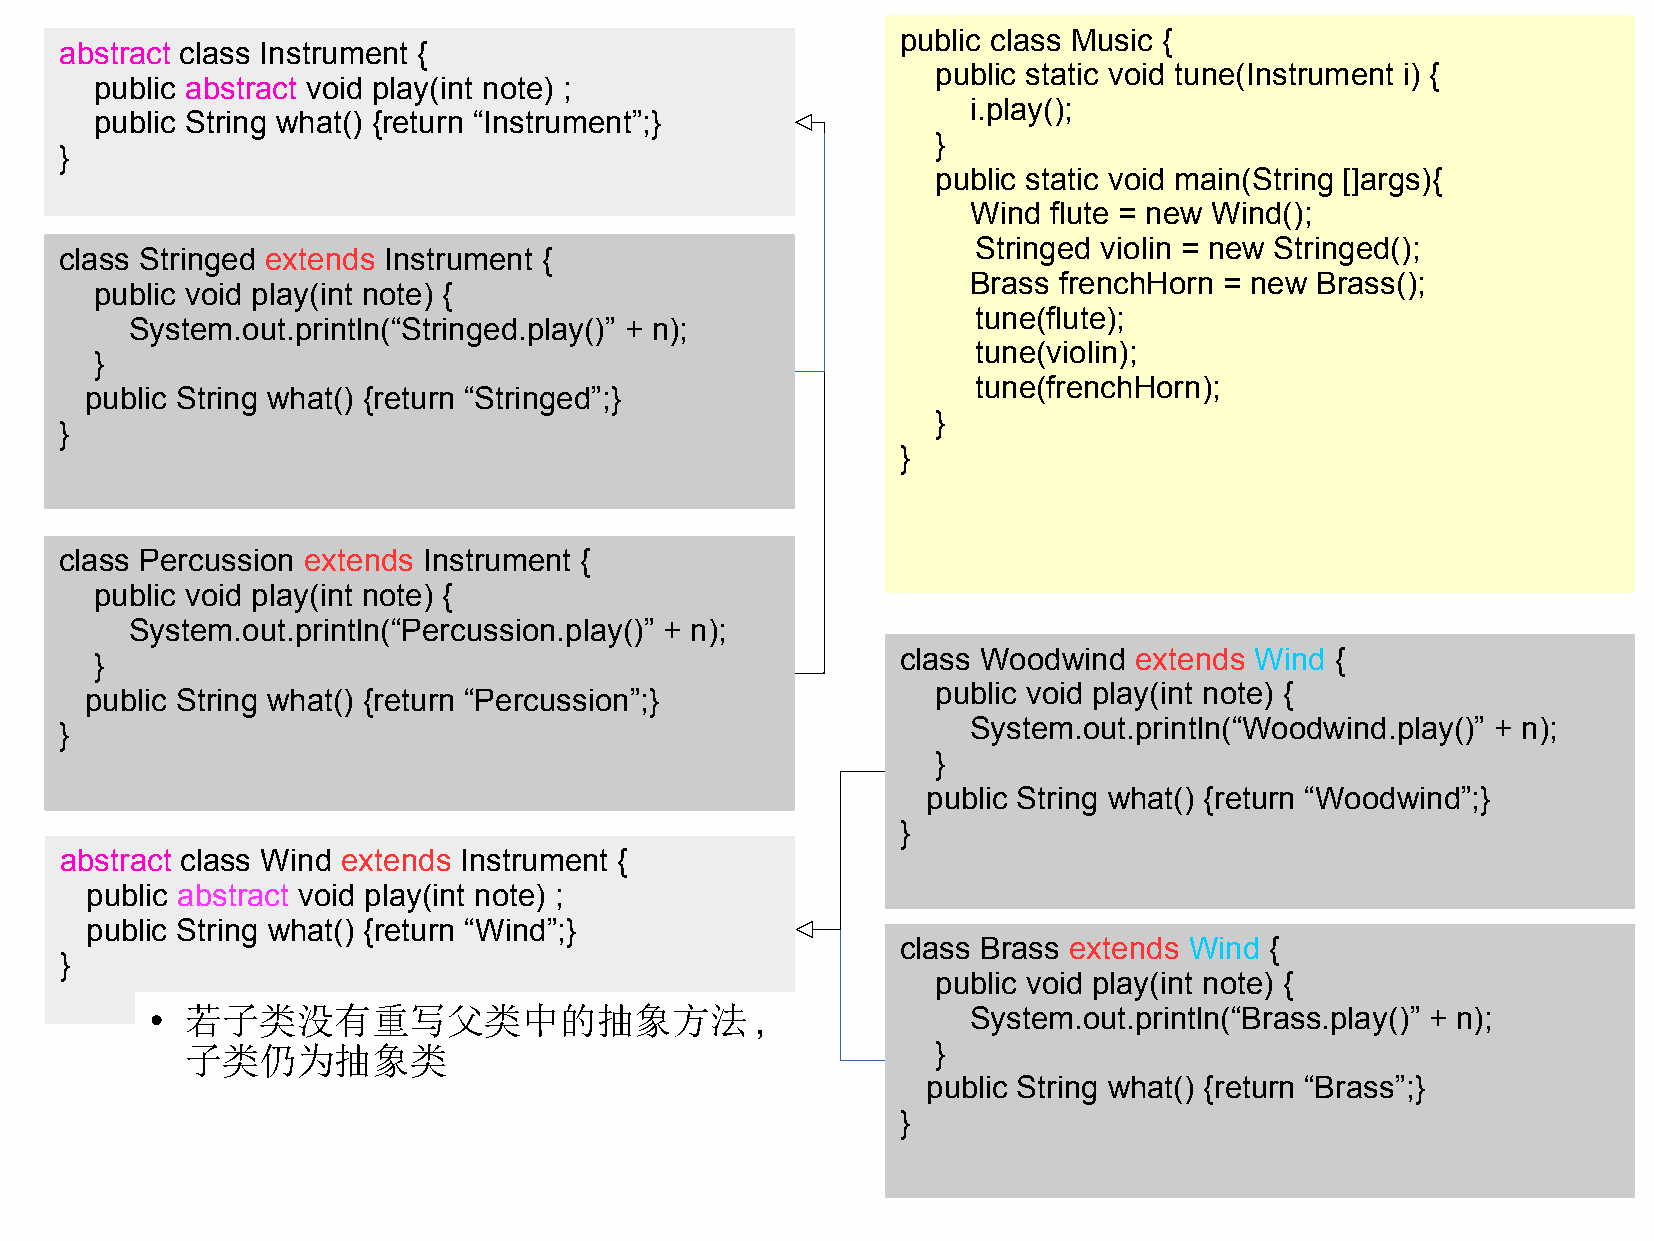
public class Music {
 abstract class Instrument {
 public static void tune(Instrument i) {
 public abstract void play(int note) ;
 i.play();
 public String what() {return “Instrument”;}
 }
 }
 public static void main(String []args){
 Wind  flute = new Wind();
 Stringed violin = new Stringed();
 class Stringed extends Instrument {
 Brass frenchHorn = new Brass();
 public void play(int note) {
 tune(flute);
 System.out.println(“Stringed.play()” + n);
 tune(violin);
 }
 tune(frenchHorn);
 public String what() {return “Stringed”;}
 }
 }
 }
 class Percussion extends Instrument {
 public void play(int note) {
 System.out.println(“Percussion.play()” + n);
 }                                                     class Woodwind extends Wind {
 public String what() {return “Percussion”;}             public void play(int note) {
 }                                                           System.out.println(“Woodwind.play()” + n);
 }
 public String what() {return “Woodwind”;}
 }
 abstract class Wind extends Instrument {
 public abstract void play(int note) ;
 public String what() {return “Wind”;}
 class Brass extends Wind {
 }
 public void play(int note) {
 若子类没有重写父类中的抽象方法                       ,             System.out.println(“Brass.play()” + n);
 ●
 子类仍为抽象类                                           }
 public String what() {return “Brass”;}
 }